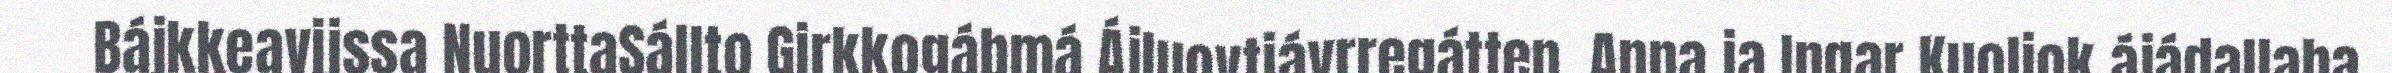
Bájkkeavijssa NuorttaSállto Girkkogábmá Ájluovtjávrregátten. Anna ja Ingar Kuoljok ájádallaba